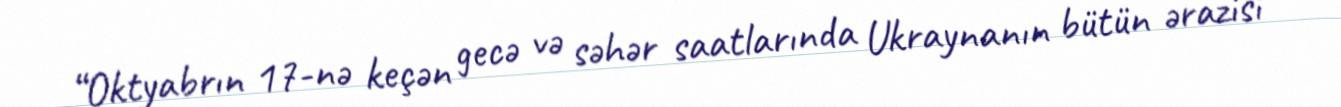
“Oktyabrın 17-nə keçən gecə və səhər saatlarında Ukraynanın bütün ərazisi